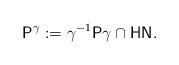
LaTeX: \begin{align*}{\sf P}^\gamma := \gamma^{-1}{\sf P}\gamma \cap {\sf HN}. \end{align*}